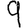
Digit: 9